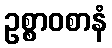
ဥစ္စာဝစာနံ